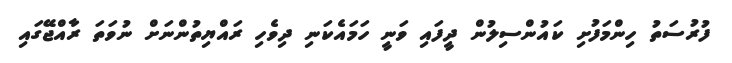
ފުރުސަތު ހިންމަފުށި ކައުންސިލުން ދީފައި ވަނީ ހަމައެކަނި ދިވެހި ރައްޔިތުންނަށް ނުވަތަ ރާއްޖޭގައި